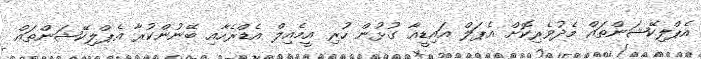
އެޕްލިކޭޝަންތައް މެދުވެރިކޮށް އެޕަލް އައިޑީއާ ގުޅުން ހުރި އީމެއިލް އެޑްރެހާއި ބޭނުންކުރާ އެޕްލިކޭޝަންތައް